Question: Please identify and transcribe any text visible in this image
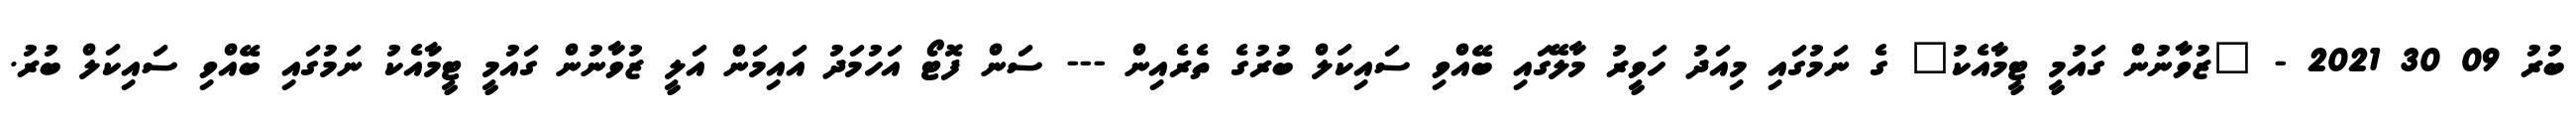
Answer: ބުރު 09 30 2021 - "ޒުވާނުން ގައުމީ ޓީމާއެކު" ގެ ނަމުގައި މިއަދު ހަވީރު މާލޭގައި ބޭއްވި ސައިކަލް ބުރުގެ ތެރެއިން --- ސަން ފޮޓޯ އަހުމަދު އައިމަން އަލީ ޒުވާނުން ގައުމީ ޓީމާއެކު ނަމުގައި ބޭއްވި ސައިކަލް ބުރު.